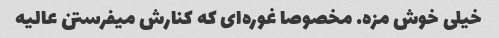
خیلی خوش مزه. مخصوصا غوره‌ای که کنارش میفرستن عالیه